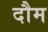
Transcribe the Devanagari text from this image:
दौम